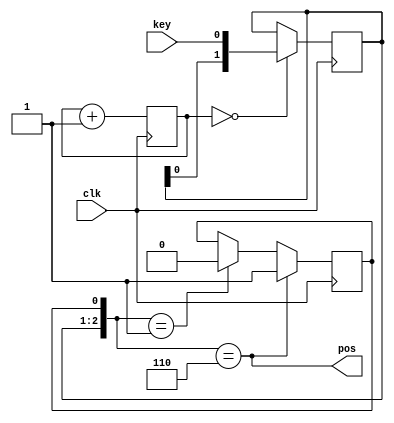
module debounce #(
    parameter DIV=3
) (
    input clk,
    input key,
    output pos
);

reg [DIV-1:0]ctr = 0;
reg [1:0]last = 1'b0;
reg pressed = 1'b0;

assign pos = {last, pressed} == 3'b110;
wire neg = {last, pressed} == 3'b001;

always @(posedge clk) begin
    ctr <= ctr + 1'b1;
    if (ctr == 0)
        last <= {last[0], key};
    if (pos)
        pressed <= 1'b1;
    else if (neg)
        pressed <= 1'b0;
    else
        pressed <= pressed;
end

endmodule